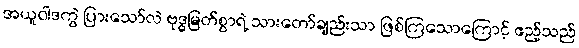
အယူဝါဒကွဲ ပြားသော်လဲ ဗုဒ္ဓမြတ်စွာရဲ့ သားတော်ချည်းသာ ဖြစ်ကြသောကြောင့် ဧည့်သည်